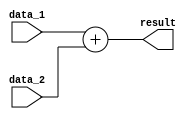

module adder(data_1, data_2, result);
    input [31:0] data_1;
    input [31:0] data_2;
    output [31:0] result;
    
    assign result = data_1 + data_2;
    
endmodule